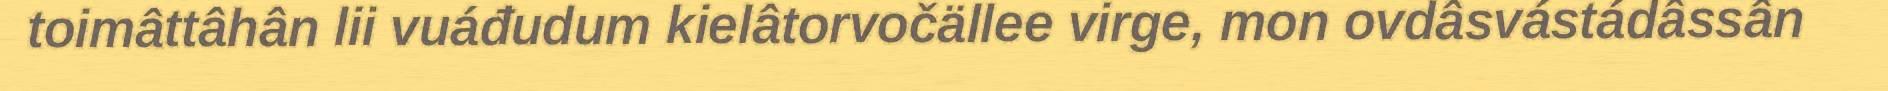
toimâttâhân lii vuáđudum kielâtorvočällee virge, mon ovdâsvástádâssân